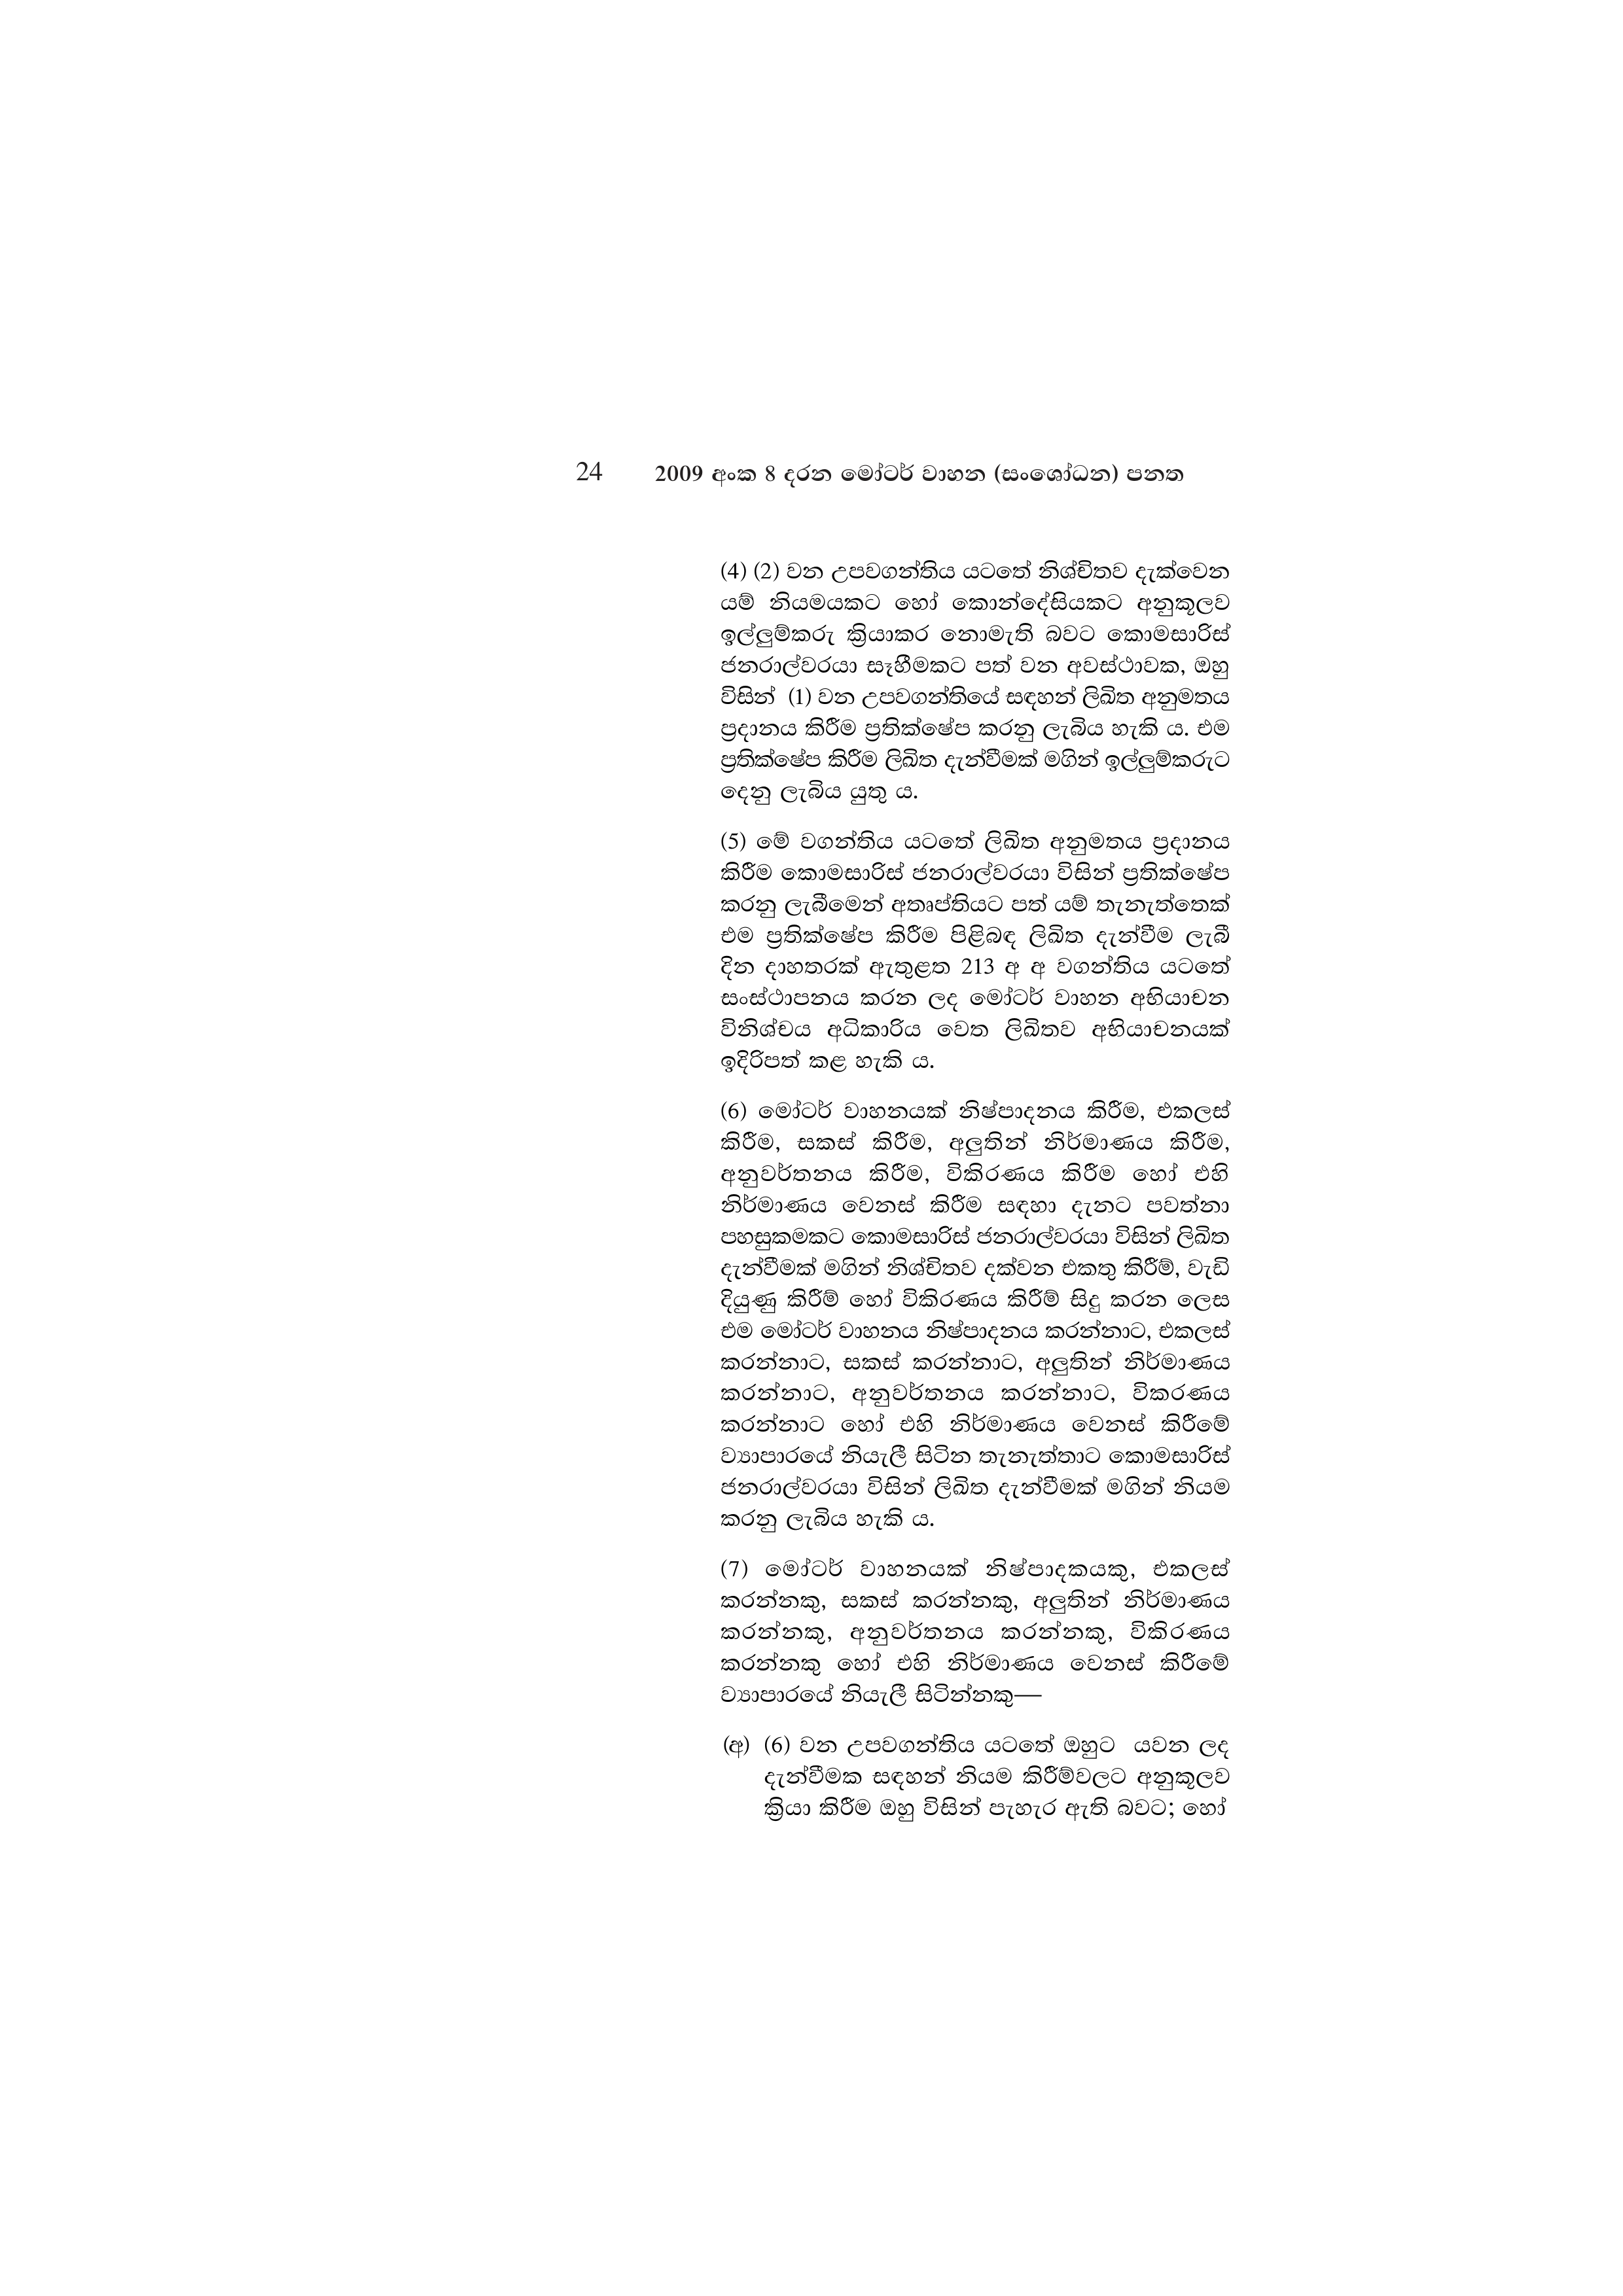
24 2009 අංක 8 දරන මෝටර් වාහන (සංශෝධන) පනත

(4) (2) වන උපවගන්තිය යටතේ නිශ්චිතව දැක්වෙන
යම් නියමයකට හෝ කොන්දේසියකට අනුකූලව
ඉල්ලුම්කරු ක්‍රියාකර නොමැති බවට කොමසාරිස්
ජනරාල්වරයා සෑහීමකට පත් වන අවස්ථාවක, ඔහු
විසින් (1) වන උපවගන්තියේ සඳහන් ලිඛිත අනුමතය
ප්‍රදානය කිරීම ප්‍රතික්ෂේප කරනු ලැබිය හැකි ය. එම
ප්‍රතික්ෂේප කිරීම ලිඛිත දැන්වීමක් මගින් ඉල්ලුම්කරුට
දෙනු ලැබිය යුතු ය.

(5) මේ වගන්තිය යටතේ ලිඛිත අනුමතය ප්‍රදානය
කිරීම කොමසාරිස් ජනරාල්වරයා විසින් ප්‍රතික්ෂේප
කරනු ලැබීමෙන් අතෘප්තියට පත් යම් තැනැත්තෙක්
එම ප්‍රතික්ෂේප කිරීම පිළිබඳ ලිඛිත දැන්වීම ලැබී
දින දාහතරක් ඇතුළත 213 අ අ වගන්තිය යටතේ
සංස්ථාපනය කරන ලද මෝටර් වාහන අභියාචන
විනිශ්චය අධිකාරිය වෙත ලිඛිතව අභියාචනයක්
ඉදිරිපත් කළ හැකි ය.

(6) මෝටර් වාහනයක් නිෂ්පාදනය කිරීම, එකලස්
කිරීම, සකස් කිරීම, අලුතින් නිර්මාණය කිරීම,
අනුවර්තනය කිරීම, විකිරණය කිරීම හෝ එහි
නිර්මාණය වෙනස් කිරීම සඳහා දැනට පවත්නා
පහසුකමකට කොමසාරිස් ජනරාල්වරයා විසින් ලිඛිත
දැන්වීමක් මගින් නිශ්චිතව දක්වන එකතු කිරීම්, වැඩි
දියුණු කිරීම් හෝ විකිරණය කිරීම් සිදු කරන ලෙස
එම මෝටර් වාහනය නිෂ්පාදනය කරන්නාට, එකලස්
කරන්නාට, සකස් කරන්නාට, අලුතින් නිර්මාණය
කරන්නාට, අනුවර්තනය කරන්නාට, විකරණය
කරන්නාට හෝ එහි නිර්මාණය වෙනස් කිරීමේ
ව්‍යාපාරයේ නියැලී සිටින තැනැත්තාට කොමසාරිස්
ජනරාල්වරයා විසින් ලිඛිත දැන්වීමක් මගින් නියම
කරනු ලැබිය හැකි ය.

(7) මෝටර් වාහනයක් නිෂ්පාදකයකු, එකලස්
කරන්නකු, සකස් කරන්නකු, අලුතින් නිර්මාණය
කරන්නකු, අනුවර්තනය කරන්නකු, විකිරණය
කරන්නකු හෝ එහි නිර්මාණය වෙනස් කිරීමේ
ව්‍යාපාරයේ නියැලී සිටින්නකු—

(අ) (6) වන උපවගන්තිය යටතේ ඔහුට යවන ලද
දැන්වීමක සඳහන් නියම කිරීම්වලට අනුකූලව
ක්‍රියා කිරීම ඔහු විසින් පැහැර ඇති බවට; හෝ